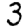
Digit: 3